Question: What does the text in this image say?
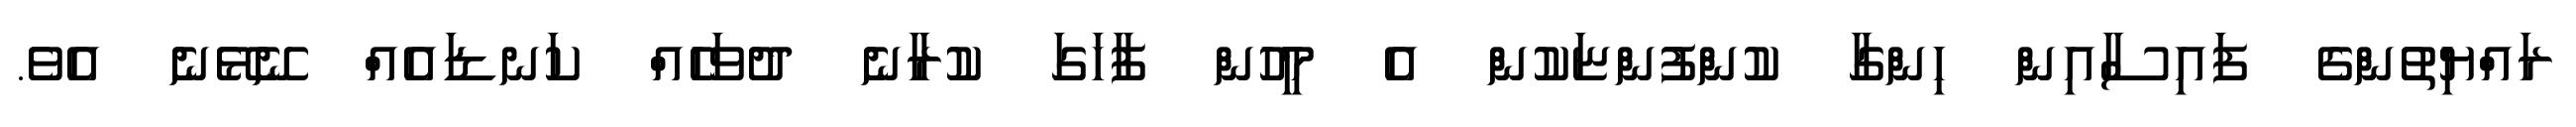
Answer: ރައްޔިތުންގެ ފައިސާއިން ހިންގާ ކުންފުންޏަކުން އެ މީހުން ފާހަގަ ކުރާނެ ދުވަހެއް ކަނޑައެއް ނޭޅޭނެ އެވެ.